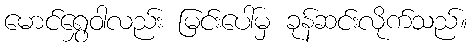
မောင်ရွှေဝါလည်း မြင်းပေါ်မှ ခုန်ဆင်းလိုက်သည်။